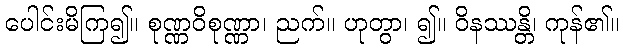
ပေါင်းမိကြ၍။ စုဏ္ဏဝိစုဏ္ဏာ၊ ညက်။ ဟုတွာ၊ ၍။ ဝိနဿန္တိ၊ ကုန်၏။